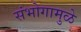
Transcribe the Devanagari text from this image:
संभोगामुळे